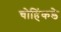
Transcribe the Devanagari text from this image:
चोहिंकडे